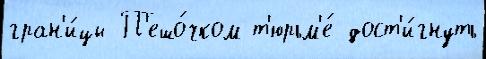
гран'и́цы П'ешо́чком т'юрьм'е́ дост'и́гнуть